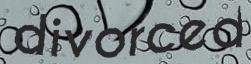
divorced